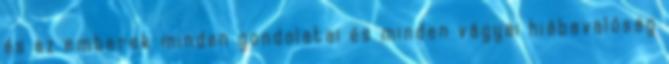
és az emberek minden gondolatai és minden vágyai hiábavalóság